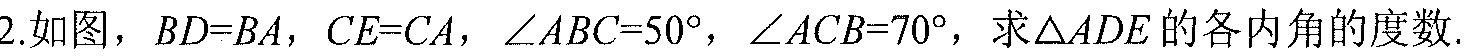
2.如图，\(BD = BA\)，\(CE = CA\)，\(\angle ABC = 50^{\circ}\)，\(\angle ACB = 70^{\circ}\)，求\(\triangle ADE\)的各内角的度数.